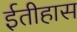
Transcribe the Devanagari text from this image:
ईतीहास